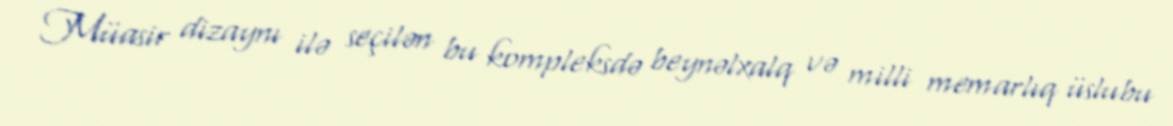
Müasir dizaynı ilə seçilən bu kompleksdə beynəlxalq və milli memarlıq üslubu